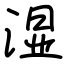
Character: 湿